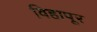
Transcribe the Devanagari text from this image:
विहापूर